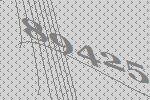
89425